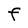
Character: F